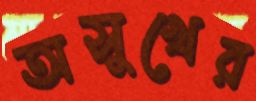
অসুখের